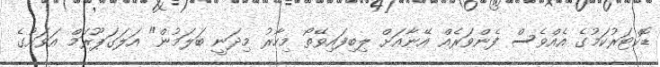
ޑޮކްޓަރުކަމުގެ އެއްވެސް ފެންވަރެއް އޭނާއަށް ލިބިފައިވޭތޯ މިހާރު މިދަނީ ބަލަމުން" އަލަގަޕޫރަމް އަވަށުގެ